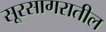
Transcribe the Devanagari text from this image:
सूरसागरातील